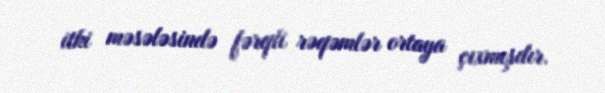
itki məsələsində fərqli rəqəmlər ortaya çıxmışdır.